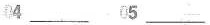
04___ 05___